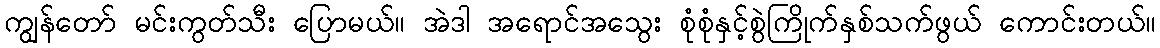
ကျွန်တော် မင်းကွတ်သီး ပြောမယ်။ အဲဒါ အရောင်အသွေး စုံစုံနှင့်စွဲကြိုက်နှစ်သက်ဖွယ် ကောင်းတယ်။